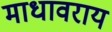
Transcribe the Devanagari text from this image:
माधावराय